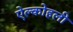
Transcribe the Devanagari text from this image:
ऐल्कोहली